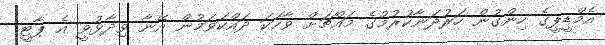
އެމްޑީޕީގެ ހިންގުން ހަރުދަނާކުރުމުގެ މައްޗަށް ވާހަކަ ދައްކަވަމުން އޭނާ ވިދާޅުވީ އެ ޕާޓީ